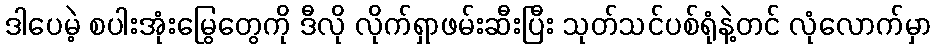
ဒါပေမဲ့ စပါးအုံးမြွေတွေကို ဒီလို လိုက်ရှာဖမ်းဆီးပြီး သုတ်သင်ပစ်ရုံနဲ့တင် လုံလောက်မှာ